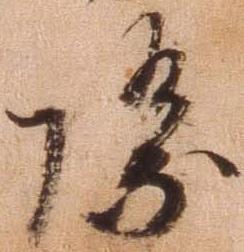
際